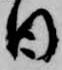
日